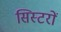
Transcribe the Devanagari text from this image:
सिस्टरों